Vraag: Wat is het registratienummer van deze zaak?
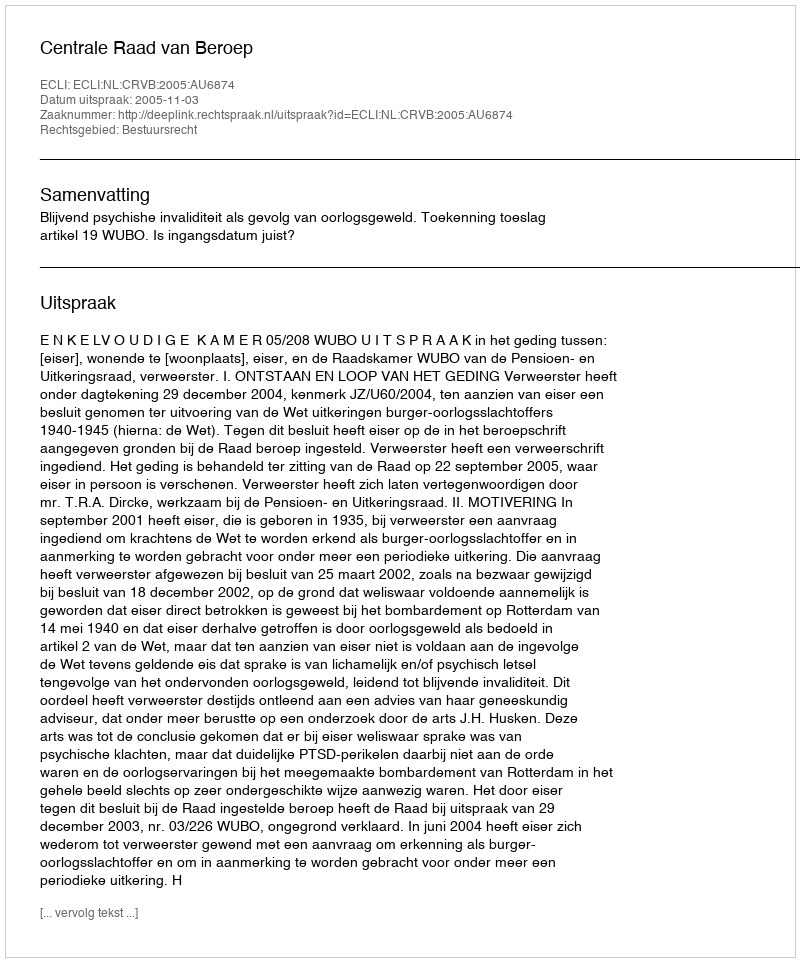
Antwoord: http://deeplink.rechtspraak.nl/uitspraak?id=ECLI:NL:CRVB:2005:AU6874